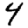
Digit: 4